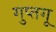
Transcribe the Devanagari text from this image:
गुप्तगू